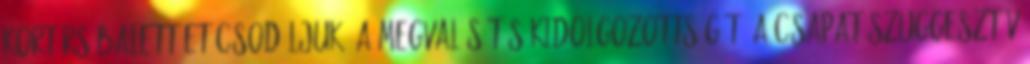
Kortárs Balett-et csodáljuk, a megvalósítás kidolgozottságát, a csapat szuggesztív